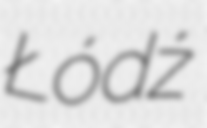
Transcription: Łódź